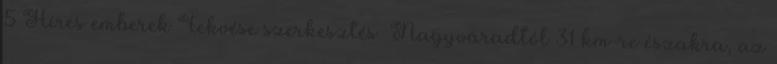
5 Híres emberek Fekvése szerkesztés Nagyváradtól 31 km-re északra, az